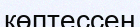
көптессең